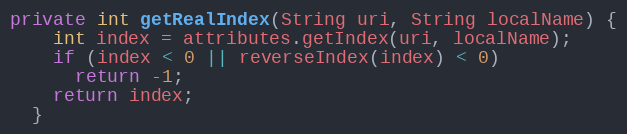
Language: Java
private int getRealIndex(String uri, String localName) {
    int index = attributes.getIndex(uri, localName);
    if (index < 0 || reverseIndex(index) < 0)
      return -1;
    return index;
  }